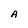
Character: A